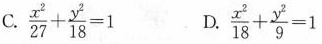
C. $$\frac { x ^ { 2 } } { 2 7 } + \frac { y ^ { 2 } } { 1 8 } = 1$$ D $$\frac { x ^ { 2 } } { 1 8 } + \frac { y ^ { 2 } } { 9 } = 1$$